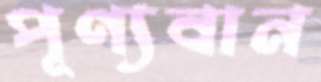
পূণ্যবান